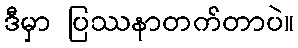
ဒီမှာ ပြဿနာတက်တာပဲ။